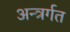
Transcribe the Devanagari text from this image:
अन्त्रर्गत